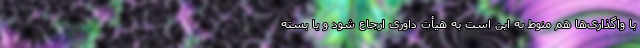
با واگذاری‌ها هم منوط به این است به هیأت داوری ارجاع شود و یا بسته